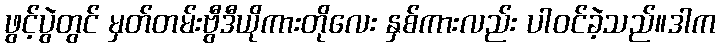
ဖွင့်ပွဲတွင် မှတ်တမ်းဗွီဒီယိုကားတိုလေး နှစ်ကားလည်း ပါဝင်ခဲ့သည်။ဒါက